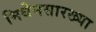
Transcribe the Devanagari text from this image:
मिथेनसारख्या